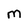
Character: M